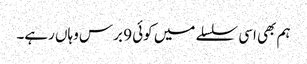
ہم بھی اسی سلسلے میں کوئی 9 برس وہاں رہے۔